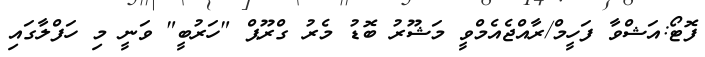
ފޮޓޯ:އަޝްވާ ފަހީމް/ރާއްޖެއެމްވީ މަޝޫރު ބޮޑު މެރު ގްރޫޕް "ހަރުބީ" ވަނީ މި ހަފްލާގައި